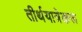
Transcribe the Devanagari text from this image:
तीर्थयात्रेकरू